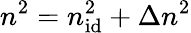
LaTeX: n^{2}=n_{\mathrm{id}}^{2}+\Delta n^{2}